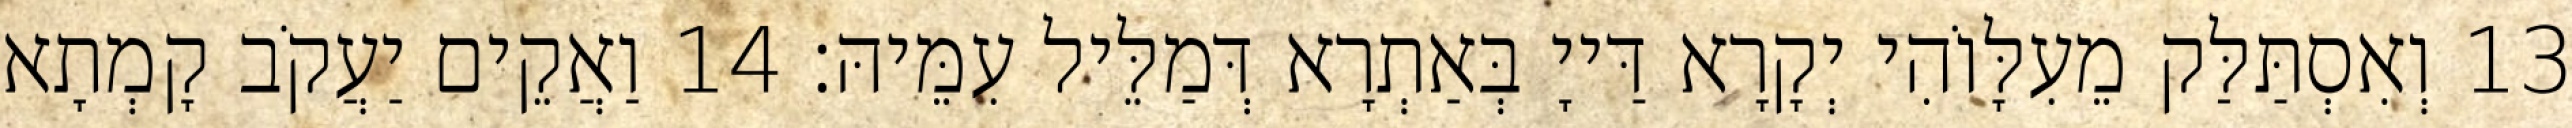
13 וְאִסְתַּלַּק מֵעִלָּוֹהִי יְקָרָא דַּייָ בְּאַתְרָא דְּמַלֵּיל עִמֵּיהּ׃ 14 וַאֲקֵים יַעֲקֹב קָמְתָא